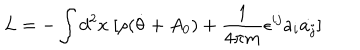
L = - \int d ^ { 2 } x \ [ \rho ( \dot { \theta } + A _ { 0 } ) + { \frac { 1 } { 4 \pi m } } \epsilon ^ { i j } a _ { i } \dot { a _ { j } } ]